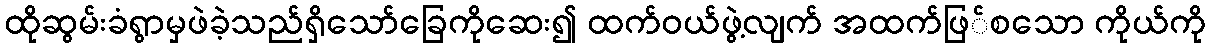
ထိုဆွမ်းခံရွာမှဖဲခဲ့သည်ရှိသော်ခြေကိုဆေး၍ ထက်ဝယ်ဖွဲ့လျက် အထက်ဖြ်စသော ကိုယ်ကို